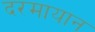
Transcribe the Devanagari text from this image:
दरमायान